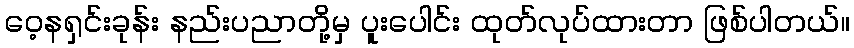
ဝေ့နရှင်းခုန်း နည်းပညာတို့မှ ပူးပေါင်း ထုတ်လုပ်ထားတာ ဖြစ်ပါတယ်။